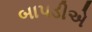
બાપડીએ